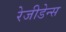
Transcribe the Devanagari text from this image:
रेजीडेन्स